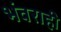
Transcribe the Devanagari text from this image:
भंवराही